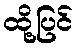
ထို့ပြင်